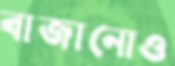
বাজানোও